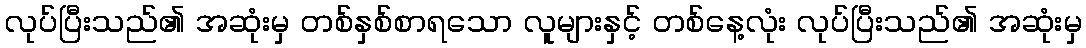
လုပ်ပြီးသည်၏ အဆုံးမှ တစ်နှစ်စာရသော လူများနှင့် တစ်နေ့လုံး လုပ်ပြီးသည်၏ အဆုံးမှ